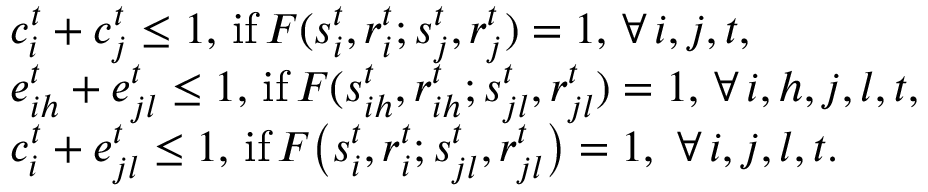
\begin{array} { r l } & { c _ { i } ^ { t } + c _ { j } ^ { t } \leq 1 , \, \mathrm { { i f } } \, F ( s _ { i } ^ { t } , r _ { i } ^ { t } ; s _ { j } ^ { t } , r _ { j } ^ { t } ) = 1 , \, \forall { \, i , j , t } , } \\ & { e _ { i h } ^ { t } + e _ { j l } ^ { t } \leq 1 , \, { \mathrm { i f } } \, F ( s _ { i h } ^ { t } , r _ { i h } ^ { t } ; s _ { j l } ^ { t } , r _ { j l } ^ { t } ) = 1 , \, \forall { \, i , h , j , l , t } , } \\ & { c _ { i } ^ { t } + e _ { j l } ^ { t } \leq 1 , \, \mathrm { { i f } } \, F \big ( s _ { i } ^ { t } , r _ { i } ^ { t } ; s _ { j l } ^ { t } , r _ { j l } ^ { t } \big ) = 1 , \, \, \forall { \, i , j , l , t } . } \end{array}